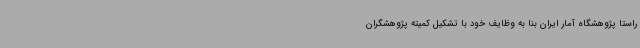
راستا پژوهشگاه آمار ایران بنا به وظایف خود با تشکیل کمیته پژوهشگران